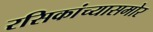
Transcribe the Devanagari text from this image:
रसिकांच्यासमोर